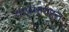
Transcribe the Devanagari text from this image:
याप्रमाणात